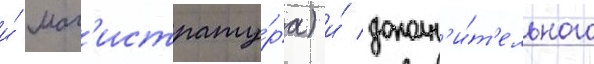
и́ маг'истрату́ра) и́ дополн'и́т'ельного